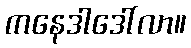
ကနေဒါဒေါ်လာ။